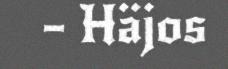
– Häjos